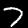
Digit: 7